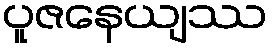
ပူဇနေယျဿ